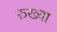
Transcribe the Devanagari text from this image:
रुख्या